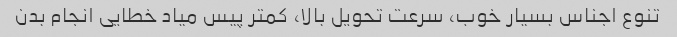
تنوع اجناس بسیار خوب، سرعت تحویل بالا، کمتر پیس میاد خطایی انجام بدن